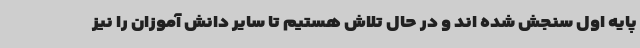
پایه اول سنجش شده اند و در حال تلاش هستیم تا سایر دانش آموزان را نیز